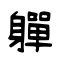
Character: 軃